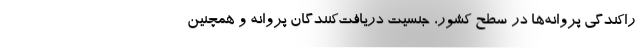
راکندگی پروانه‌ها در سطح کشور، جنسیت دریافت‌کنندگان پروانه و همچنین